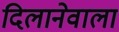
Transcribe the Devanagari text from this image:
दिलानेवाला